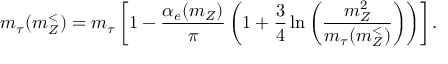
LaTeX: m _ { \tau } ( m _ { Z } ^ { < } ) = m _ { \tau } \left[ 1 - \frac { \alpha _ { e } ( m _ { Z } ) } { \pi } \left( 1 + \frac { 3 } { 4 } \ln \left( \frac { m _ { Z } ^ { 2 } } { m _ { \tau } ( m _ { Z } ^ { < } ) } \right) \right) \right] .